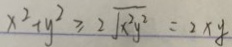
x ^ { 2 } + y ^ { 2 } \geqslant 2 \sqrt { x ^ { 2 } y ^ { 2 } } = 2 x y